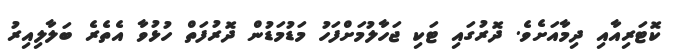
ކޮޓަރިއާއި ދިމާއަށެވެ. ދޮރުގައި ޓަކި ޖަހާލުމަށްފަހު މަޑުމަޑުން ދޮރުފަތް ހުޅުވާ އެތެރެ ބަލާލިއިރު